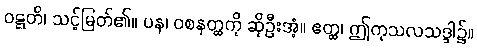
ဝဋ္ဋတိ၊ သင့်မြတ်၏။ ပန၊ ဝစနတ္ထကို ဆိုဦးအံ့။ ဧတ္ထ၊ ဤကုသလသဒ္ဒါ၌။